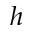
h